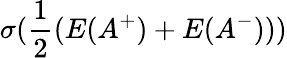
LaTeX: \sigma(\frac{1}{2}({E}(A^{+})+{E}(A^{-})))